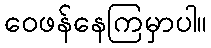
ဝေဖန်နေကြမှာပါ။